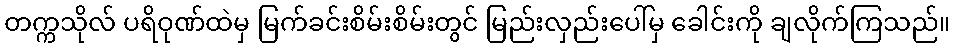
တက္ကသိုလ် ပရိဝုဏ်ထဲမှ မြက်ခင်းစိမ်းစိမ်းတွင် မြည်းလှည်းပေါ်မှ ခေါင်းကို ချလိုက်ကြသည်။